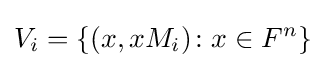
V_{i}=\{(x,xM_{i})\colon x\in F^{n}\}